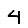
Digit: 4